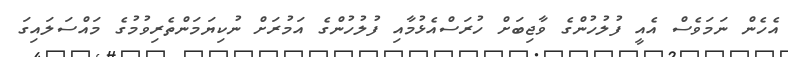
އެހެން ނަމަވެސް އެއީ ފުލުހުންގެ ވާޖިބަށް ހުރަސްއެޅުމާއި ފުލުހުންގެ އަމުރަށް ނުކިޔަމަންތެރިވުމުގެ މައްސަލައިގަ